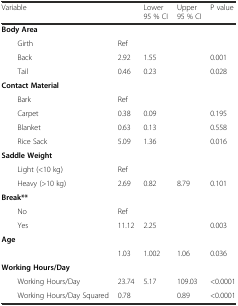
<table><thead><tr><td><b>Variable</b></td><td>[EMPTY_CELL]</td><td><b>Lower 95 % CI</b></td><td><b>Upper 95 % CI</b></td><td><b>P value</b></td></tr></thead><tbody><tr><td><b>Body Area</b></td><td>[EMPTY_CELL]</td><td>[EMPTY_CELL]</td><td>[EMPTY_CELL]</td><td>[EMPTY_CELL]</td></tr><tr><td>Girth</td><td>Ref</td><td>[EMPTY_CELL]</td><td>[EMPTY_CELL]</td><td>[EMPTY_CELL]</td></tr><tr><td>Back</td><td>2.92</td><td>1.55</td><td>[EMPTY_CELL]</td><td>0.001</td></tr><tr><td>Tail</td><td>0.46</td><td>0.23</td><td>[EMPTY_CELL]</td><td>0.028</td></tr><tr><td><b>Contact Material</b></td><td>[EMPTY_CELL]</td><td>[EMPTY_CELL]</td><td>[EMPTY_CELL]</td><td>[EMPTY_CELL]</td></tr><tr><td>Bark</td><td>Ref</td><td>[EMPTY_CELL]</td><td>[EMPTY_CELL]</td><td>[EMPTY_CELL]</td></tr><tr><td>Carpet</td><td>0.38</td><td>0.09</td><td>[EMPTY_CELL]</td><td>0.195</td></tr><tr><td>Blanket</td><td>0.63</td><td>0.13</td><td>[EMPTY_CELL]</td><td>0.558</td></tr><tr><td>Rice Sack</td><td>5.09</td><td>1.36</td><td>[EMPTY_CELL]</td><td>0.016</td></tr><tr><td><b>Saddle Weight</b></td><td>[EMPTY_CELL]</td><td>[EMPTY_CELL]</td><td>[EMPTY_CELL]</td><td>[EMPTY_CELL]</td></tr><tr><td>Light (&lt;10 kg)</td><td>Ref</td><td>[EMPTY_CELL]</td><td>[EMPTY_CELL]</td><td>[EMPTY_CELL]</td></tr><tr><td>Heavy (&gt;10 kg)</td><td>2.69</td><td>0.82</td><td>8.79</td><td>0.101</td></tr><tr><td><b>Break**</b></td><td>[EMPTY_CELL]</td><td>[EMPTY_CELL]</td><td>[EMPTY_CELL]</td><td>[EMPTY_CELL]</td></tr><tr><td>No</td><td>Ref</td><td>[EMPTY_CELL]</td><td>[EMPTY_CELL]</td><td>[EMPTY_CELL]</td></tr><tr><td>Yes</td><td>11.12</td><td>2.25</td><td>[EMPTY_CELL]</td><td>0.003</td></tr><tr><td><b>Age</b></td><td>[EMPTY_CELL]</td><td>[EMPTY_CELL]</td><td>[EMPTY_CELL]</td><td>[EMPTY_CELL]</td></tr><tr><td>[EMPTY_CELL]</td><td>1.03</td><td>1.002</td><td>1.06</td><td>0.036</td></tr><tr><td><b>Working Hours/Day</b></td><td>[EMPTY_CELL]</td><td>[EMPTY_CELL]</td><td>[EMPTY_CELL]</td><td>[EMPTY_CELL]</td></tr><tr><td>Working Hours/Day</td><td>23.74</td><td>5.17</td><td>109.03</td><td>&lt;0.0001</td></tr><tr><td>Working Hours/Day Squared</td><td>0.78</td><td>[EMPTY_CELL]</td><td>0.89</td><td>&lt;0.0001</td></tr></tbody></table>